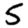
Digit: 5